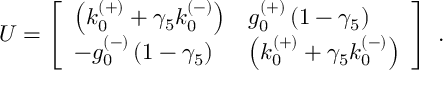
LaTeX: U = \left[ \begin{array} { l l } { { \left( k _ { 0 } ^ { ( + ) } + { \gamma } _ { 5 } k _ { 0 } ^ { ( - ) } \right) } } & { { g _ { 0 } ^ { ( + ) } \left( 1 - { \gamma } _ { 5 } \right) } } \\ { { - g _ { 0 } ^ { ( - ) } \left( 1 - { \gamma } _ { 5 } \right) } } & { { \left( k _ { 0 } ^ { ( + ) } + { \gamma } _ { 5 } k _ { 0 } ^ { ( - ) } \right) } } \end{array} \right] \ .